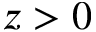
z > 0